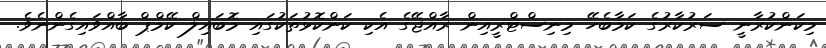
މިކަންކުރާނީ ސަރުކާރުގެ ކަމާބެހޭ މިނިސްޓްރީއިން ރާއްޖޭގެ އެކި ކަންކޮޅުތަކުގައި މޮބައިލް ކޭމްޕް ބާއްވައިގެންނެވެ.